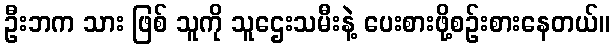
ဦးဘက သား ဖြစ် သူကို သူဌေးသမီးနဲ့ ပေးစားဖို့စဉ်းစားနေတယ်။